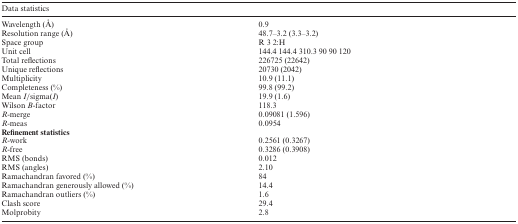
| <COLSPAN=2> Data statistics |
 | --- | --- |
 | Wavelength (Å) | 0.9 |
 | Resolution range (Å) | 48.7–3.2 (3.3–3.2) |
 | Space group | R 3 2:H |
 | Unit cell | 144.4 144.4 310.3 90 90 120 |
 | Total reflections | 226725 (22642) |
 | Unique reflections | 20730 (2042) |
 | Multiplicity | 10.9 (11.1) |
 | Completeness (%) | 99.8 (99.2) |
 | Mean I/sigma(I) | 19.9 (1.6) |
 | Wilson B-factor | 118.3 |
 | R-merge | 0.09081 (1.596) |
 | R-meas | 0.0954 |
 | <COLSPAN=2> Refinement statistics |
 | R-work | 0.2561 (0.3267) |
 | R-free | 0.3286 (0.3908) |
 | RMS (bonds) | 0.012 |
 | RMS (angles) | 2.10 |
 | Ramachandran favored (%) | 84 |
 | Ramachandran generously allowed (%) | 14.4 |
 | Ramachandran outliers (%) | 1.6 |
 | Clash score | 29.4 |
 | Molprobity | 2.8 |